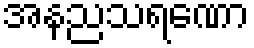
အနညသရဏော